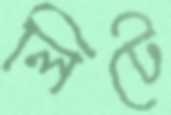
লিটে